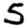
Digit: 5